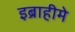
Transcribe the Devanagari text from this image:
इब्राहीमे